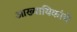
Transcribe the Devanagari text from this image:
आख्यायिकांचे